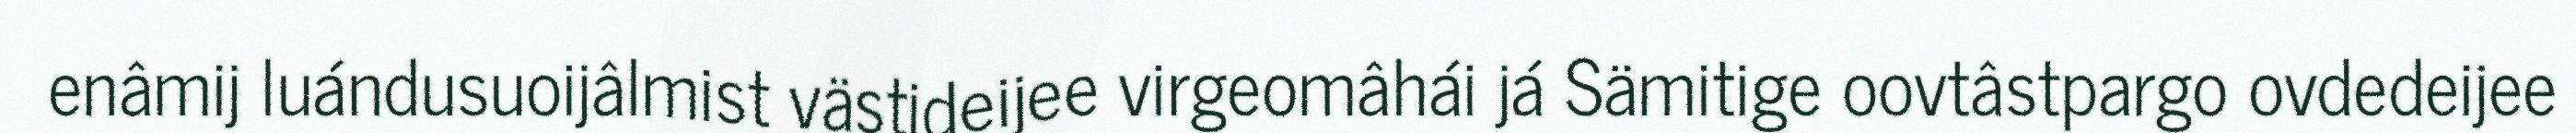
enâmij luándusuoijâlmist västideijee virgeomâhái já Sämitige oovtâstpargo ovdedeijee